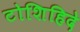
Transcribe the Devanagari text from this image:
टोशिहिदे